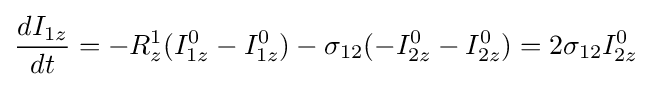
{d{I_{1z}} \over dt}=-R_{z}^{1}(I_{1z}^{0}-I_{1z}^{0})-\sigma _{12}(-I_{2z}^{0}-I_{2z}^{0})=2\sigma _{12}I_{2z}^{0}